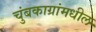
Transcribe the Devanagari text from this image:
चुंबकाग्रांमधील